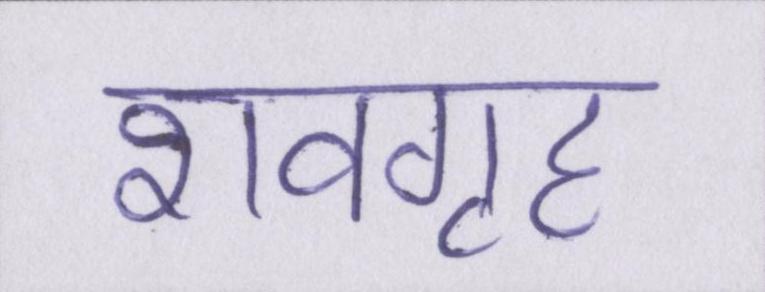
शवगृह